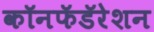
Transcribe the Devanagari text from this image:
कॉनफॅडॅरेशन